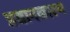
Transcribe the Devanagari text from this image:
प्रधानकारण